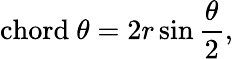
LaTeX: \mathrm{chord}\ \theta=2r\sin{\frac{\theta}{2}},